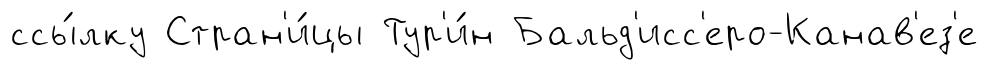
ссы́лку Стран'и́цы Тур'и́н Бальд'исс'еро-Канав'ез'е